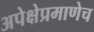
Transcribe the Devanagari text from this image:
अपेक्षेप्रमाणेच